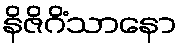
နိဇိဂိံသာနော